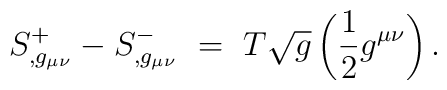
S_{,g_{\mu\nu}}^+ - S_{,g_{\mu\nu}}^-~=~T \sqrt{g}\left( \frac{1}{2} g^{\mu\nu} \right).